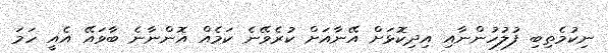
ނިކުމެތިބި ފުލުހުންނާއި އިދިކޮޅަށް އޭނާއަށް ކުރެވޭނެ ކަމެއް އޮންނާނެ ބާވައޭ އެއީ ހަމަ